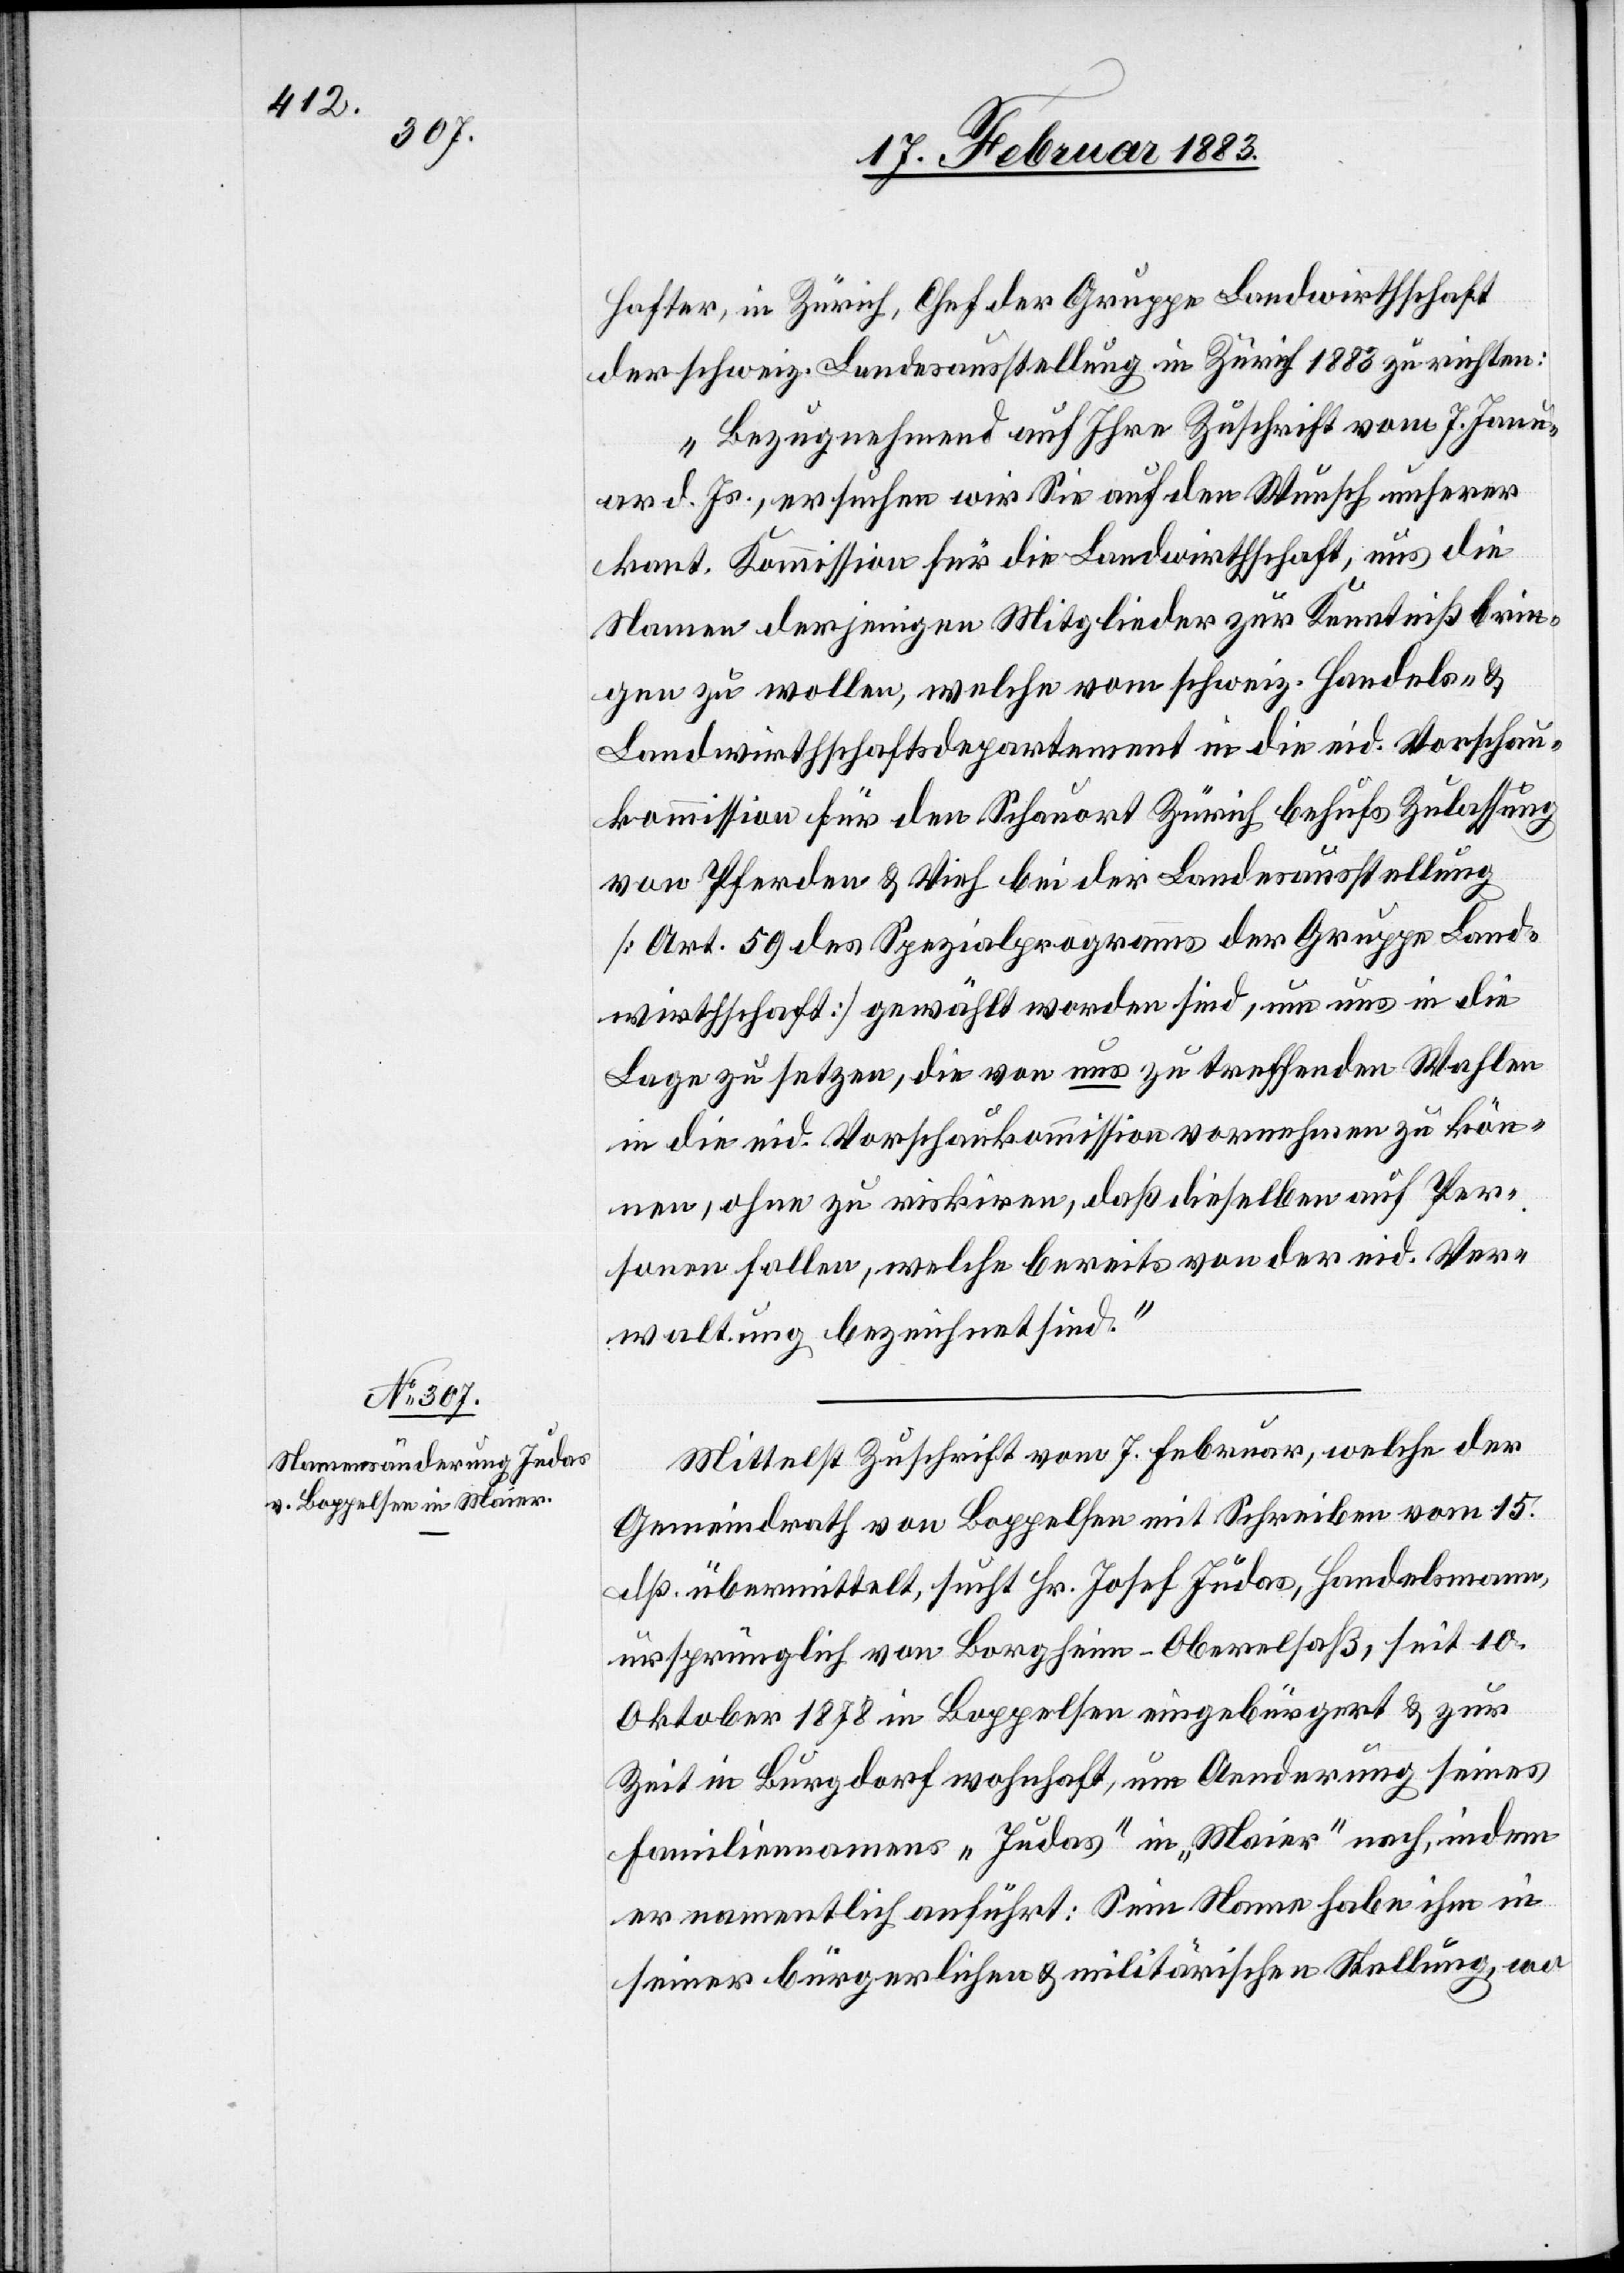
Hafter, in Zürich, Chef der Gruppe Landwirthschaft
der schweiz. Landesausstellung in Zürich 1883 zu richten:
„Bezugnehmend auf Ihre Zuschrift vom 7. Janu¬
ar d. Js., ersuchen wir Sie auf den Wunsch unserer
kant. Kommission für die Landwirthschaft, uns die
Namen derjenigen Mitglieder zur Kenntniß brin¬
gen zu wollen, welche vom schweiz. Handels- &
Landwirthschaftsdepartement in die eid. Vorschau¬
kommission für den Schauort Zürich behufs Zulassung
von Pferden & Vieh bei der Landesausstellung
[Art. 59 des Spezialprogramms der Gruppe Land¬
wirthschaft] gewählt worden sind, um uns in die
Lage zu setzen, die von uns zu treffenden Wahlen
in die eid. Vorschaukommission vornehmen zu kön¬
nen, ohne zu riskiren, daß dieselben auf Per¬
sonen fallen, welche bereits von der eid. Ver¬
waltung bezeichnet sind.“
Mittelst Zuschrift vom 7. Februar, welche der
Gemeindrath von Boppelsen mit Schreiben vom 15.
dß. übermittelt, sucht Hr. Josef Judas, Handelsmann,
ursprünglich von Borgheim - Oberelsaß, seit 10.
Oktober 1878 in Boppelsen eingebürgert & zur
Zeit in Burgdorf wohnhaft, um Aenderung seines
Familiennamens „Judas“ in „Maier“ nach, indem
er namentlich anführt: Sein Name habe ihm in
seiner bürgerlichen & militärischen Stellung, wo